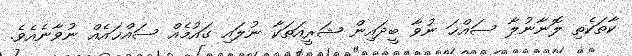
ކާތަކެތި ލޮނާނުލާ ސައްޚަ ނުވާ ބީދައިން ޝަރީއަތަކާ ނުލައި ގައުމެއް ސައްޚައެއް ނުވާނެއެވެ.